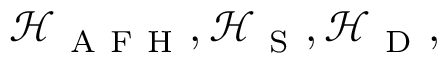
\mathcal { H } _ { \mathrm { ~ A ~ F ~ H ~ } } , \mathcal { H } _ { \mathrm { ~ S ~ } } , \mathcal { H } _ { \mathrm { ~ D ~ } } ,